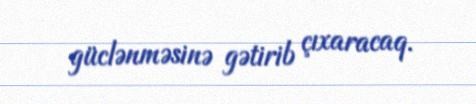
güclənməsinə gətirib çıxaracaq.